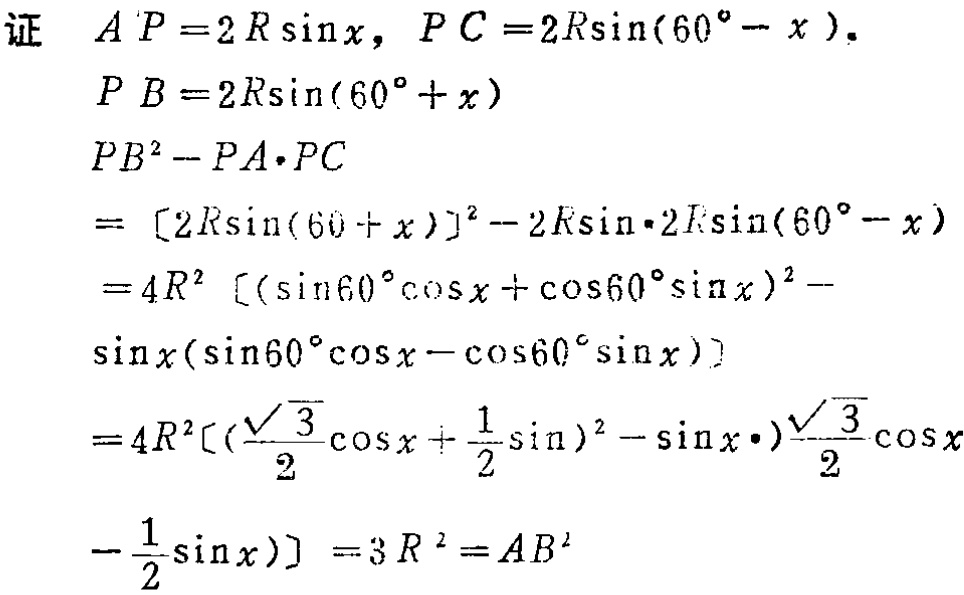
证 \(AP = 2R\sin x\)，\(PC = 2R\sin(60^{\circ}-x)\)。
\(PB = 2R\sin(60^{\circ}+x)\)
\(PB^{2}-PA\cdot PC\)
\(=[2R\sin(60 + x)]^{2}-2R\sin\cdot2R\sin(60^{\circ}-x)\)
\(=4R^{2}[(\sin60^{\circ}\cos x+\cos60^{\circ}\sin x)^{2}- \sin x(\sin60^{\circ}\cos x-\cos60^{\circ}\sin x)]\)
\(=4R^{2}[(\frac{\sqrt{3}}{2}\cos x+\frac{1}{2}\sin)^{2}-\sin x\cdot)\frac{\sqrt{3}}{2}\cos x -\frac{1}{2}\sin x)] = 3R^{2}=AB^{2}\)